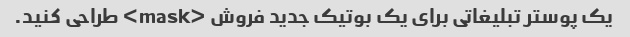
یک پوستر تبلیغاتی برای یک بوتیک جدید فروش <mask> طراحی کنید.